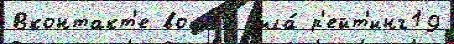
Вконтакт'е вошл'и́ была́ р'ейт'инг19